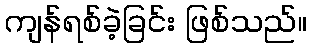
ကျန်ရစ်ခဲ့ခြင်း ဖြစ်သည်။